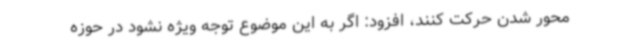
محور شدن حرکت کنند، افزود: اگر به این موضوع توجه ویژه نشود در حوزه